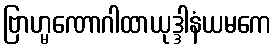
ဗြာဟ္မဏောဂါထာယုဒ္ဒါနံယမကေ